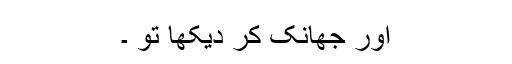
اور جھانک کر دیکھا تو ۔